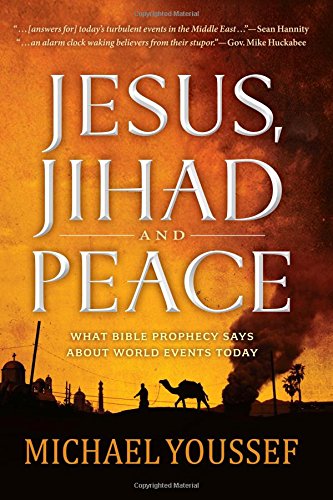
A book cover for Jesus, Jihad and Peace: What Does Bible Prophecy Say About World Events Today?; Michael Youssef; Christian Books & Bibles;